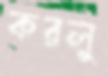
করলু